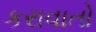
કરાવાતો